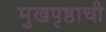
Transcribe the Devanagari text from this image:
मुखपृष्ठाची